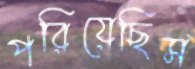
পরিয়েছিস